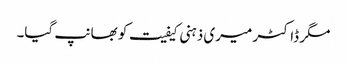
مگر ڈاکٹر میری ذہنی کیفیت کو بھانپ گیا۔